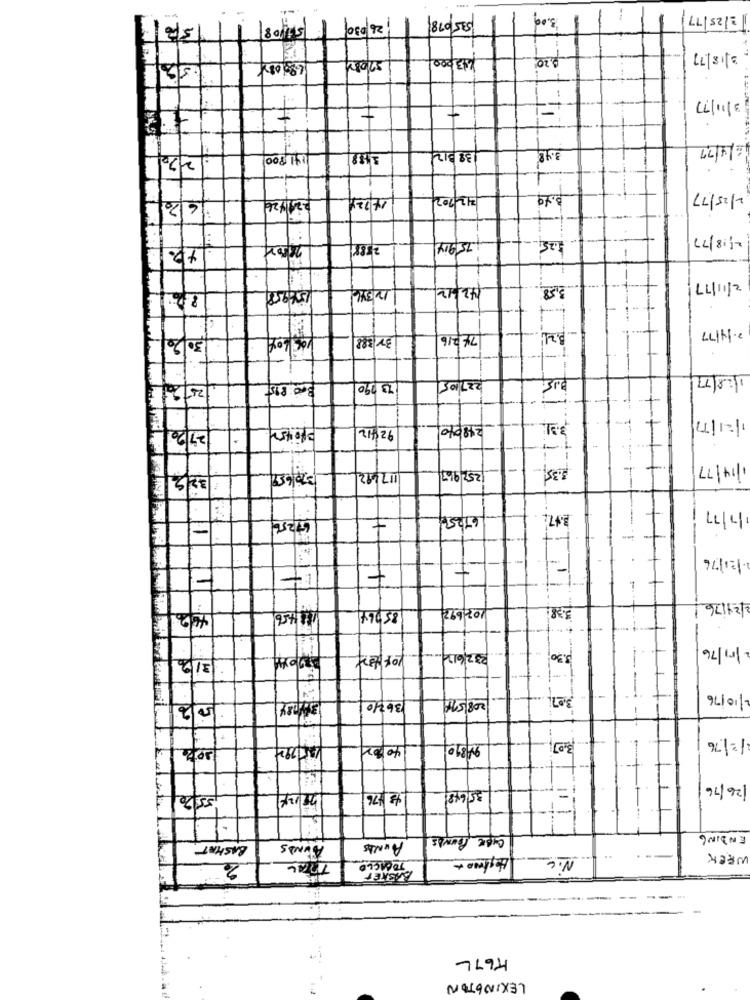
-
535/098/
3.00
=/25/77
26 030
4$3.000-
2.20
3/18/77
:
3/11/77
+
38312
6/4/27
270
14/24
22 702
2/25/77
2/18/77
2388
75/914
125
12 346
42/12
2/11/77
30/2016
3r 388
74/216
B.21
2. 14/77
E
300;BIS
73 790
227/105
1121/12/
010452
92412
29/201
-
3.35].
/14/77
32 2
3201650
17/92
252 963
1/7/77
67256
6725
=
- -
120/76
+
-
11456
107,692
3.38
/24/76 /
16/2
85064
2/01/76
3/2
232/612
3.30
208514
-.
2/10/76
150/2
36210
15.
1= 1.76
sote
40:02
3.07
126/76
55/201
$$ 1476
35648
CUBE POUNDS
ENDING
BASHAT
ALUNAS
AUNAS
Heghwo+
N.C
WEEK
TOBACCO
BASKET
K67L
LEXINGTON